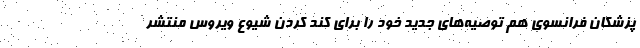
پزشکان فرانسوی هم توصیه‌های جدید خود را برای کند کردن شیوع ویروس منتشر